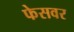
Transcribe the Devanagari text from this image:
फेसवर